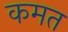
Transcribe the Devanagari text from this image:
कमत